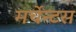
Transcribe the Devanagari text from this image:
मर्चेन्टस